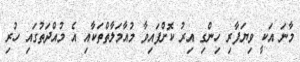
މާނަ އަކީ ވިޔަފާރި ހިންގި އިރު ކޮށްފައިވާ މުއާމަލާތްތަކާއި އެ މުއްދަތުގައި ހުރި